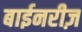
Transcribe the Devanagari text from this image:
बाईनरीज़